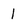
Character: 1